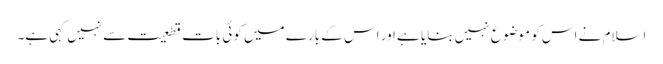
اسلام نے اس کو موضوع نہیں بنایا ہے اور اس کے بارے میں کوئی بات قطعیت سے نہیں کہی ہے۔